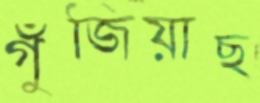
গুঁজিয়াছ